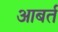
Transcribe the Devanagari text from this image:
आबर्त